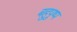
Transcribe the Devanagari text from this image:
बहुपुष्प